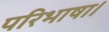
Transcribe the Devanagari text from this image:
परिभाषा।